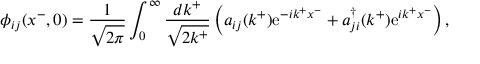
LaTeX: \phi _ { i j } ( x ^ { - } , 0 ) = \frac { 1 } { \sqrt { 2 \pi } } \int _ { 0 } ^ { \infty } \frac { d k ^ { + } } { \sqrt { 2 k ^ { + } } } \left( a _ { i j } ( k ^ { + } ) \mathrm { e } ^ { - i k ^ { + } x ^ { - } } + a _ { j i } ^ { \dag } ( k ^ { + } ) \mathrm { e } ^ { i k ^ { + } x ^ { - } } \right) ,